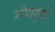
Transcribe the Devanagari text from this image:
जीवामुळे